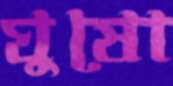
ঘুষো